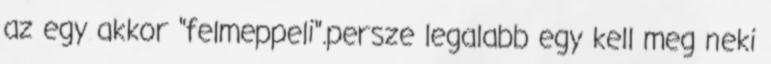
az egy akkor "felmeppeli".persze legalabb egy kell meg neki